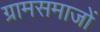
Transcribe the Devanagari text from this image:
ग्रामसमाजों